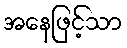
အနေဖြင့်သာ